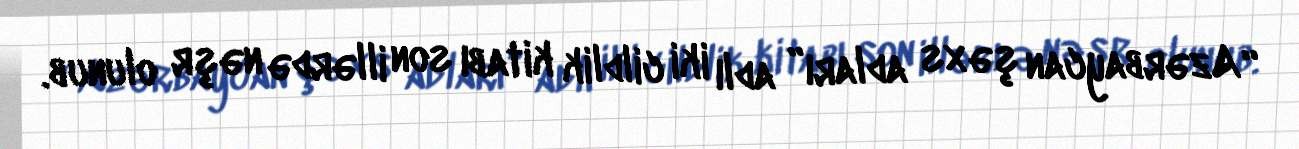
“Azərbaycan şəxs adları” adlı iki cildlik kitabı son illərdə nəşr olunub.